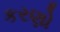
કરણો